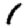
Digit: 1